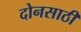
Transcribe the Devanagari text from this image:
दोनसाठी